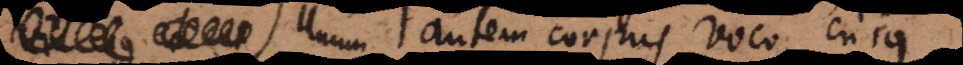
i unum autem corpus voco, cujus